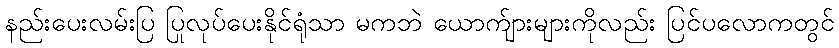
နည်းပေးလမ်းပြ ပြုလုပ်ပေးနိုင်ရုံသာ မကဘဲ ယောက်ျားများကိုလည်း ပြင်ပလောကတွင်